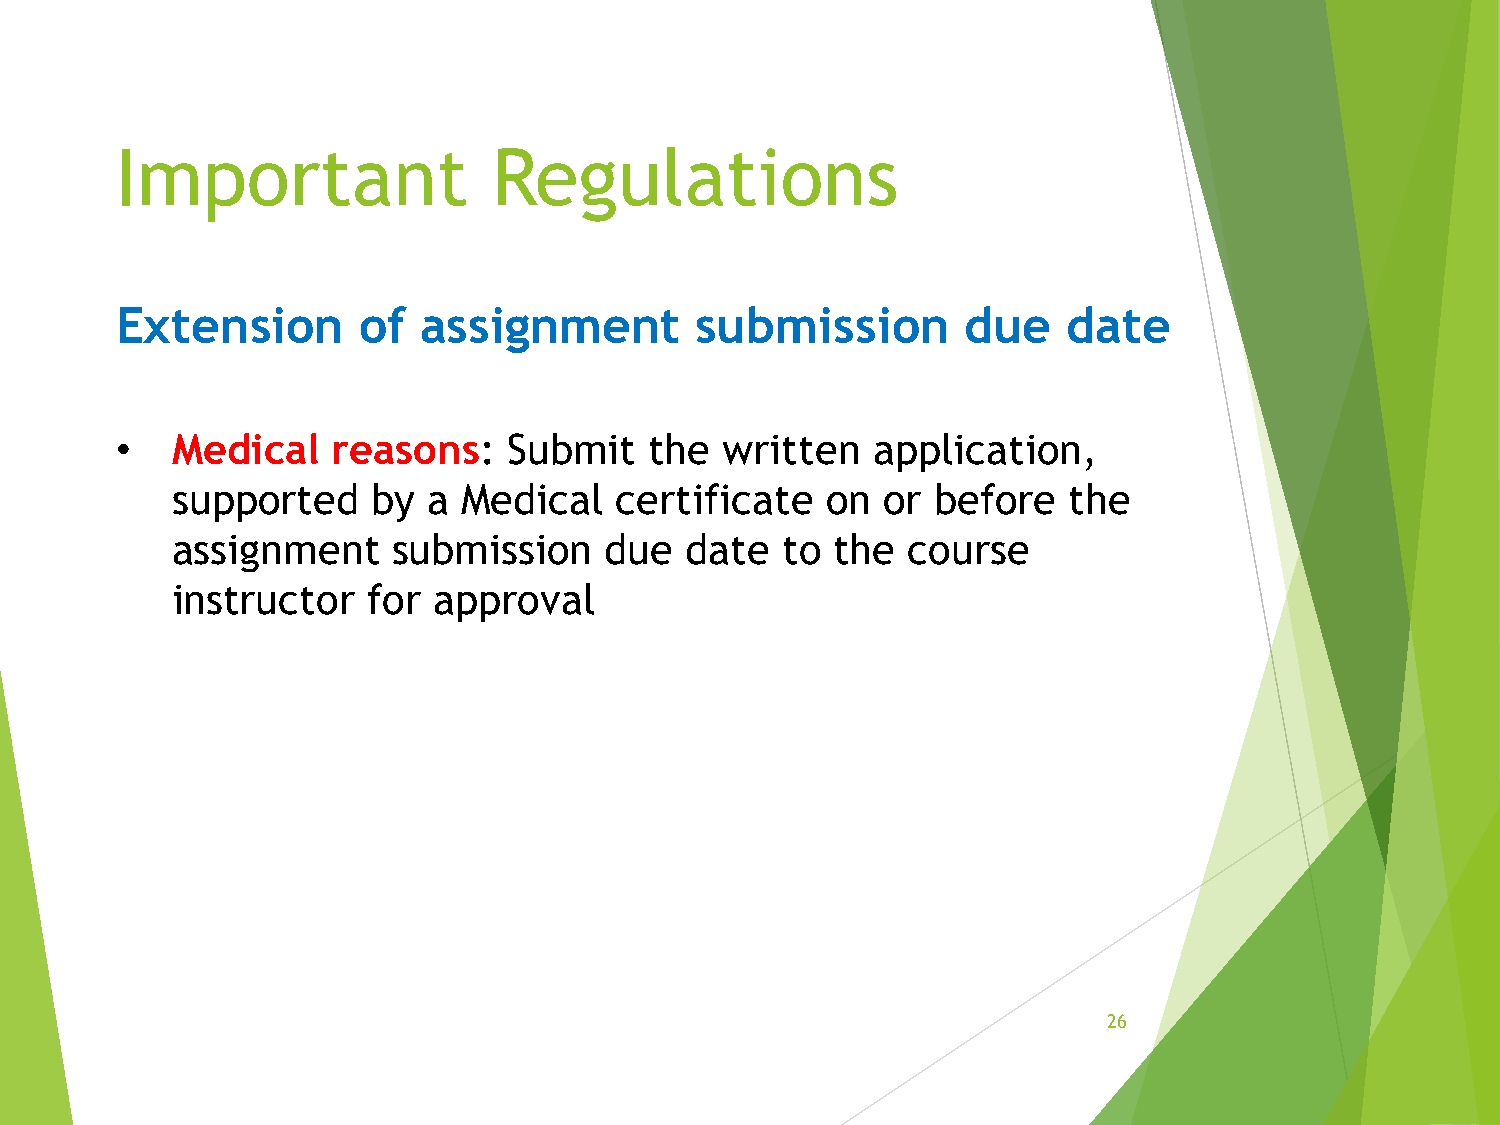
Important                Regulations
 Extension       of  assignment        submission        due    date
 •  Medical    reasons:    Submit   the  written   application,
 supported     by a  Medical   certificate   on or  before   the
 assignment     submission    due  date   to the  course
 instructor   for  approval
 26